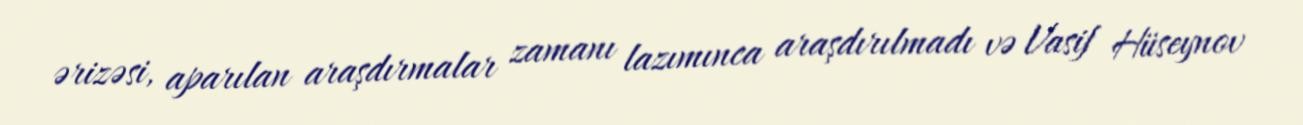
ərizəsi, aparılan araşdırmalar zamanı lazımınca araşdırılmadı və Vasif Hüseynov